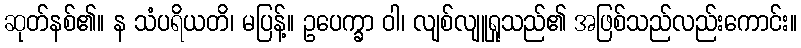
ဆုတ်နစ်၏။ န သံပရိယတိ၊ မပြန့်။ ဥပေက္ခာ ဝါ၊ လျစ်လျူရှုသည်၏ အဖြစ်သည်လည်းကောင်း။